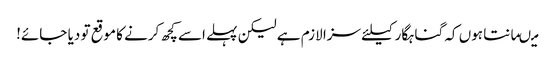
میںمانتا ہوں کہ گناہگار کیلئے سزا لازم ہے لیکن پہلے اسے کچھ کرنے کا موقع تو دیا جائے!